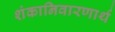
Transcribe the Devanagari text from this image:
शंकानिवारणार्थ